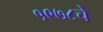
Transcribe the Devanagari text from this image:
१९७८चे